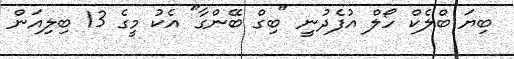
ބިޔަ ބްލެކް ހޯލް އުފެދުނީ "ބިގް ބޭންގާ" އެކު މީގެ 13 ބިލިއަން